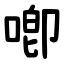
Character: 喞